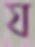
য